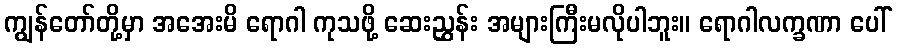
ကျွန်တော်တို့မှာ အအေးမိ ရောဂါ ကုသဖို့ ဆေးညွှန်း အများကြီးမလိုပါဘူး။ ရောဂါလက္ခဏာ ပေါ်